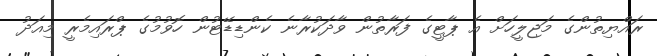
ރައްޔިތުންގެ މަޖިލީހަށް އެ ޕާޓީގެ ފަރާތުން ވާދަކުރާނެ ކެންޑިޑޭޓުން ހޮވުމުގެ ޕްރައިމެރީ މިއަދު